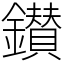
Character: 鑚